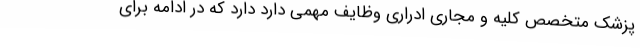
پزشک متخصص کلیه و مجاری ادراری وظایف مهمی دارد دارد که در ادامه برای